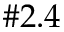
\# 2 . 4